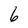
Character: 6